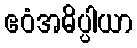
ဧဝံအဓိပ္ပါယာ